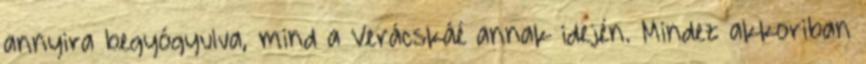
annyira begyógyulva, mind a Verácskáé annak idején. Mindez akkoriban